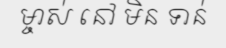
ម្ចាស់ នៅ មិន ទាន់